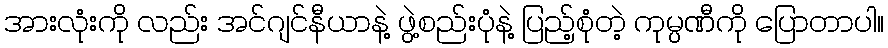
အားလုံးကို လည်း အင်ဂျင်နီယာနဲ့ ဖွဲ့စည်းပုံနဲ့ ပြည့်စုံတဲ့ ကုမ္ပဏီကို ပြောတာပါ။